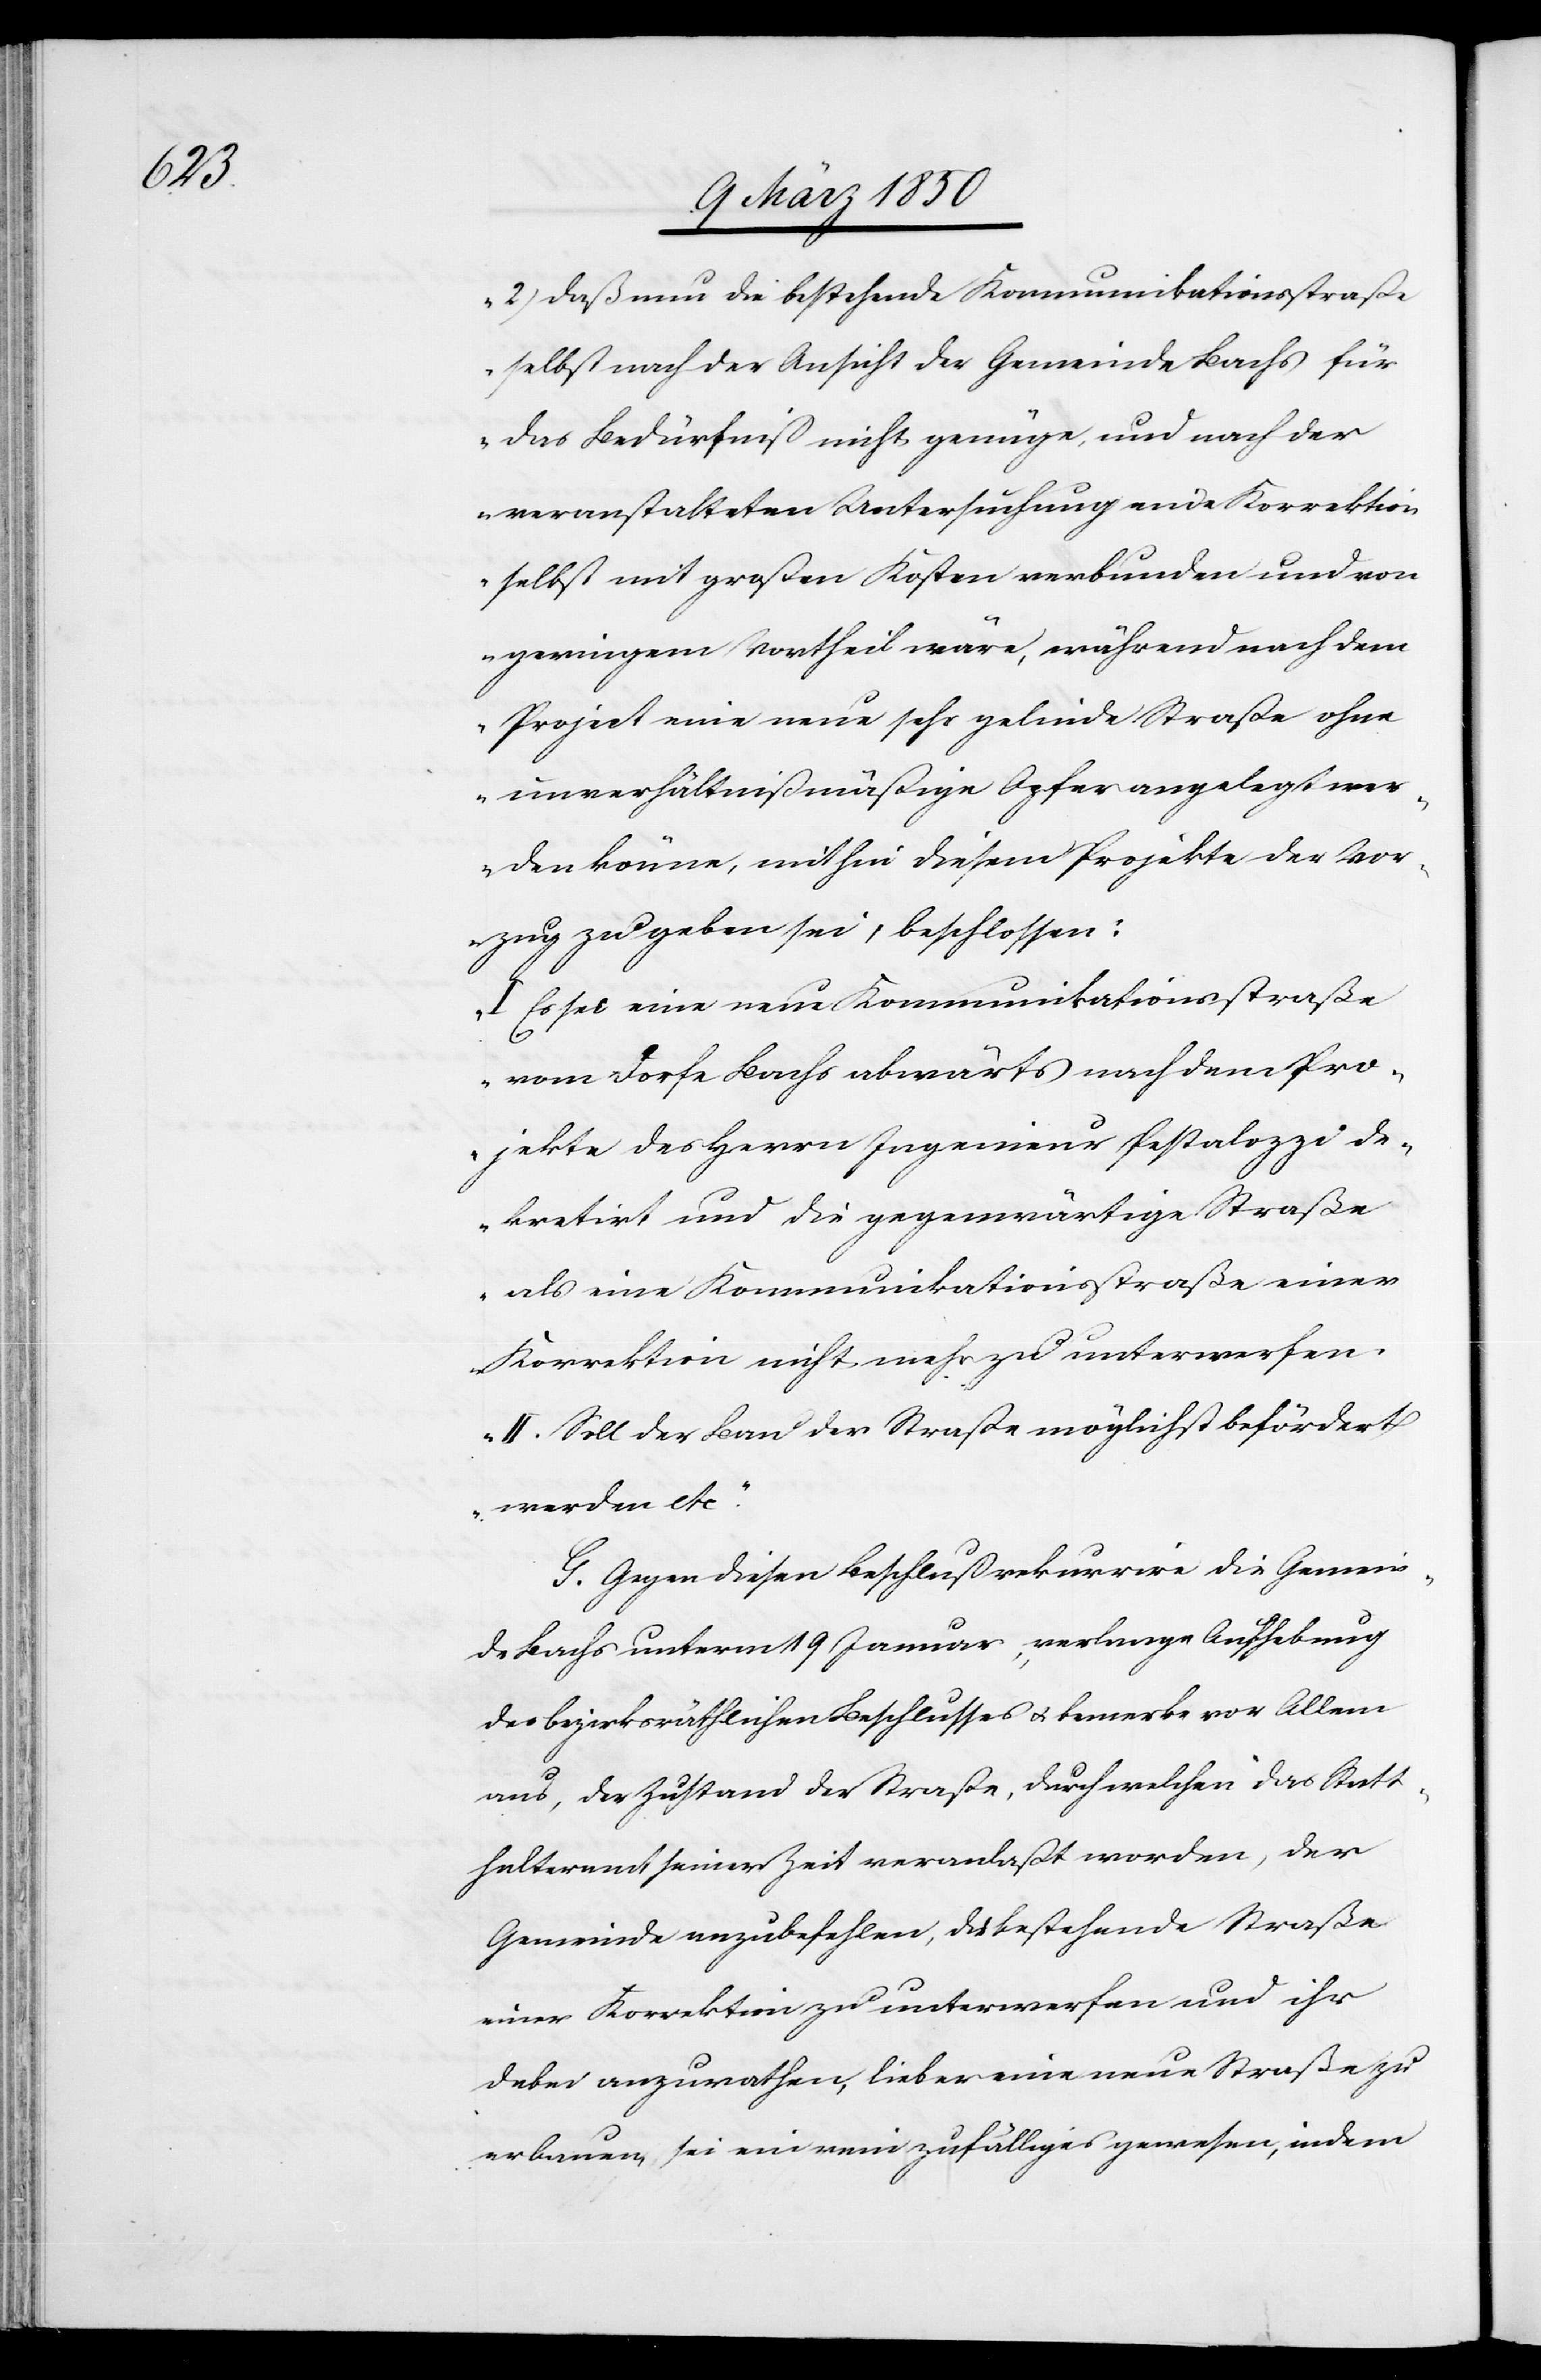
2) Daß nun die bestehende Kommunikationsstraße
selbst nach der Ansicht der Gemeinde Bachs für
das Bedürfniß nicht genüge, und nach der
veranstalteten Untersuchung eine Korrektion
selbst mit großen Kosten verbunden und von
geringem Vortheil wäre, während nach dem
Project eine neue sehr gelinde Straße ohne
unverhältnißmäßige Opfer angelegt wer¬
den könne, mithin diesem Projekte der Vor¬
zug zu geben sei, beschlossen:
I Es sei eine neue Kommunikationsstraße
vom Dorfe Bachs abwärts nach dem Pro¬
jekte des Herrn Ingenieur Pestalozzi de¬
kretirt und die gegenwärtige Straße
als eine Kommunikationsstraße einer
Korrektion nicht mehr zu unterwerfen.
II. Soll der Bau der Straße möglichst befördert
werden etc.“
G. Gegen diesen Beschluß rekurrire die Gemein¬
de Bachs unterm 19 Januar, verlange Aufhebung
des bezirksräthlichen Beschlusses u. bemerke vor Allem
aus, der Zustand der Straße, durch welchen das Statt¬
halteramt seiner Zeit veranlaßt worden, der
Gemeinde anzubefehlen, die bestehende Straße
einer Korrektion zu unterwerfen und ihr
dabei anzurathen, lieber eine neue Straße zu
erbauen sei ein rein zufälliges gewesen, indem